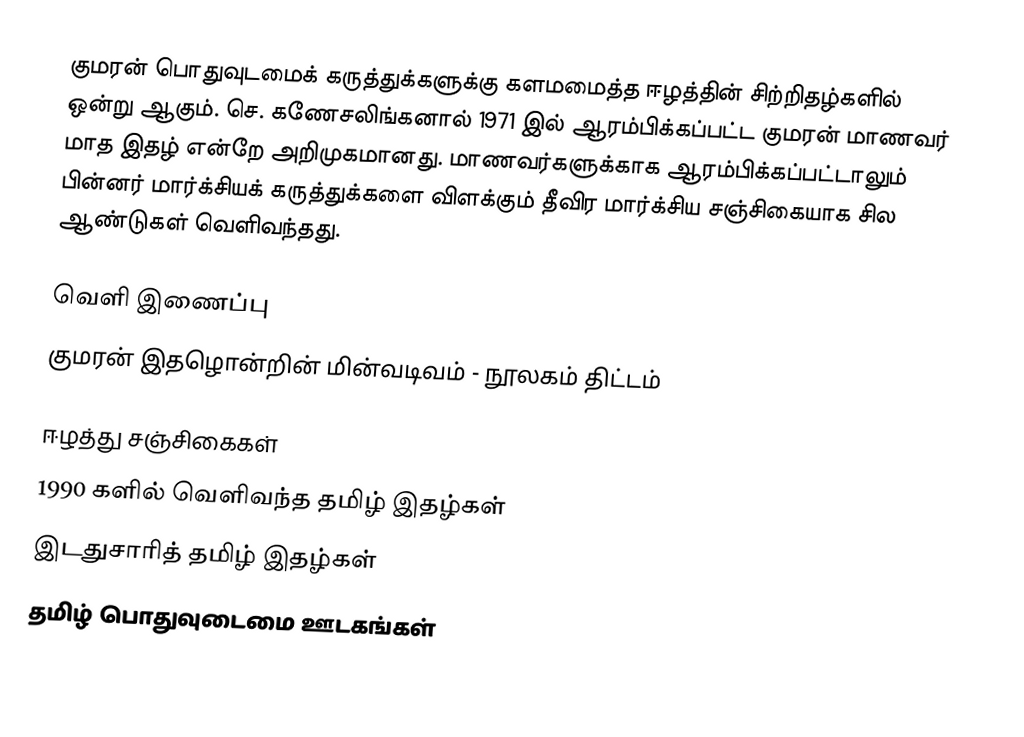
குமரன் பொதுவுடமைக் கருத்துக்களுக்கு களமமைத்த ஈழத்தின் சிற்றிதழ்களில் ஒன்று ஆகும். செ. கணேசலிங்கனால் 1971 இல் ஆரம்பிக்கப்பட்ட குமரன் மாணவர் மாத இதழ் என்றே அறிமுகமானது. மாணவர்களுக்காக ஆரம்பிக்கப்பட்டாலும் பின்னர் மார்க்சியக் கருத்துக்களை விளக்கும் தீவிர மார்க்சிய சஞ்சிகையாக சில ஆண்டுகள் வெளிவந்தது.

வெளி இணைப்பு
 குமரன் இதழொன்றின் மின்வடிவம் - நூலகம் திட்டம்

ஈழத்து சஞ்சிகைகள்
1990 களில் வெளிவந்த தமிழ் இதழ்கள்
இடதுசாரித் தமிழ் இதழ்கள்
தமிழ் பொதுவுடைமை ஊடகங்கள்